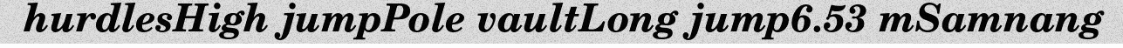
hurdlesHigh jumpPole vaultLong jump6.53 mSamnang